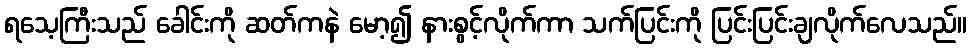
ရသေ့ကြီးသည် ခေါင်းကို ဆတ်ကနဲ မော့၍ နားစွင့်လိုက်ကာ သက်ပြင်းကို ပြင်းပြင်းချလိုက်လေသည်။